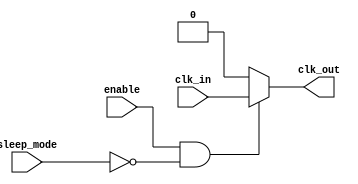
module low_power_clock_buffer (
    input wire clk_in,        // Input clock signal
    input wire enable,        // Enable signal for the buffer
    input wire sleep_mode,    // Sleep mode signal for low power operation
    output reg clk_out        // Buffered clock output
);

    // Parameters for buffer sizing and delay
    parameter NUM_STAGES = 3; // Number of buffer stages
    parameter LOW_VOLTAGE = 1'b0; // Low voltage operation (for simulation purposes)

    // Internal signals for buffering
    wire [NUM_STAGES-1:0] buf_out;

    // Buffering stages
    generate
        genvar i;
        for (i = 0; i < NUM_STAGES; i = i + 1) begin : buffer_stage
            if (i == 0) begin
                // First stage directly connected to clk_in
                assign buf_out[i] = (enable && !sleep_mode) ? clk_in : LOW_VOLTAGE;
            end else begin
                // Subsequent stages buffer the previous stage's output
                assign buf_out[i] = (enable && !sleep_mode) ? buf_out[i-1] : LOW_VOLTAGE;
            end
        end
    endgenerate

    // Final output assignment
    always @(*) begin
        if (enable && !sleep_mode) begin
            clk_out = buf_out[NUM_STAGES-1]; // Output from the last buffer stage
        end else begin
            clk_out = LOW_VOLTAGE; // Output low in sleep mode or when disabled
        end
    end

endmodule